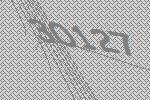
30127